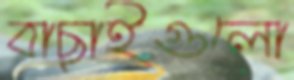
বাছাইগুলো